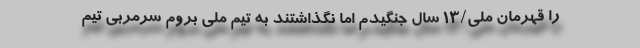
را قهرمان ملی/13 سال جنگیدم اما نگذاشتند به تیم ملی بروم سرمربی تیم